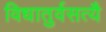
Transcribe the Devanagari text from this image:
विधातुर्वसत्यै